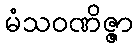
မံသဝဏိဇ္ဇာ